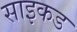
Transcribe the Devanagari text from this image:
साइकड